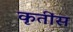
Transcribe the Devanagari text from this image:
कृतींस